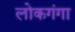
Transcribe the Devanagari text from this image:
लोकगंगा